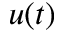
u ( t )